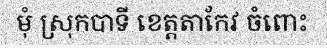
មុំ ស្រុកបាទី ខេត្តតាកែវ ចំពោះ